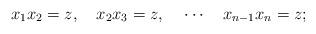
LaTeX: \begin{align*} x_1x_2 = z, ~~~ x_2x_3 = z, ~~~ \cdots ~~~ x_{n-1}x_n = z; \end{align*}